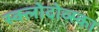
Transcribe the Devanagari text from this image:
स्क्लोदोव्स्का